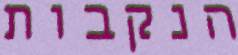
הנקבות